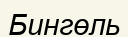
Бингөль